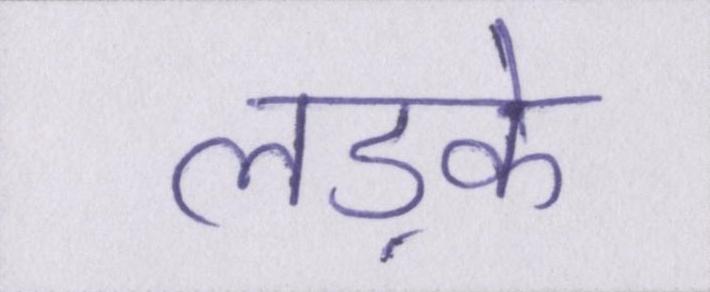
लड़के